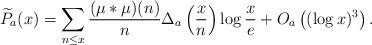
LaTeX: \begin{align*} \widetilde{P}_{a}(x) = \sum_{n\leq x}\frac{(\mu*\mu)(n)}{n}\Delta_{a}\left(\frac{x}{n}\right)\log\frac{x}{e} + O_{a}\left((\log x)^3\right). \end{align*}